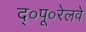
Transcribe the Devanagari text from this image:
द्०पू०रेलवे